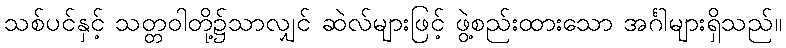
သစ်ပင်နှင့် သတ္တဝါတို့၌သာလျှင် ဆဲလ်များဖြင့် ဖွဲ့စည်းထားသော အင်္ဂါများရှိသည်။